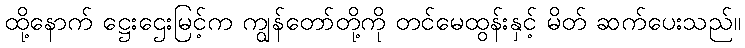
ထို့နောက် ဋ္ဌေးဌေးမြင့်က ကျွန်တော်တို့ကို တင်မေထွန်းနှင့် မိတ် ဆက်ပေးသည်။